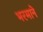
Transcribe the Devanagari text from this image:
भरमाने